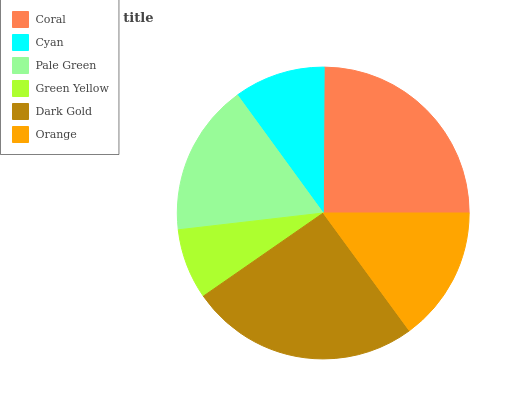
| Coral | Cyan | Pale Green | Green Yellow | Dark Gold | Orange |
 | --- | --- | --- | --- | --- | --- |
 | 24.8% | 10.1% | 16.9% | 7.81% | 25.5% | 14.9% |